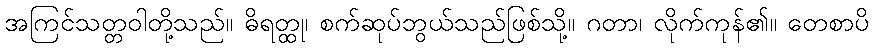
အကြင်သတ္တဝါတို့သည်။ ဓိရတ္ထု၊ စက်ဆုပ်ဘွယ်သည်ဖြစ်သို့။ ဂတာ၊ လိုက်ကုန်၏။ တေစာပိ